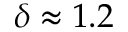
\delta \approx 1 . 2